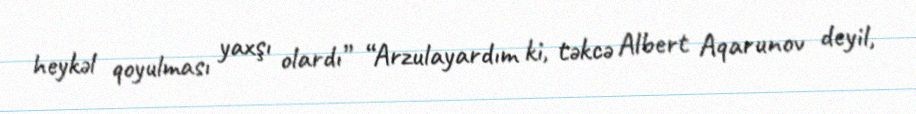
heykəl qoyulması yaxşı olardı” “Arzulayardım ki, təkcə Albert Aqarunov deyil,